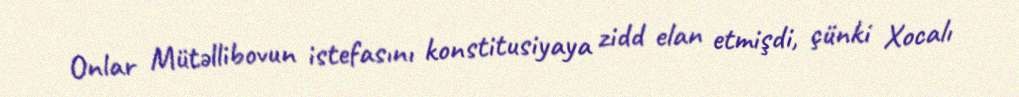
Onlar Mütəllibovun istefasını konstitusiyaya zidd elan etmişdi, çünki Xocalı